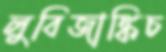
লুবিজাঙ্কিচ